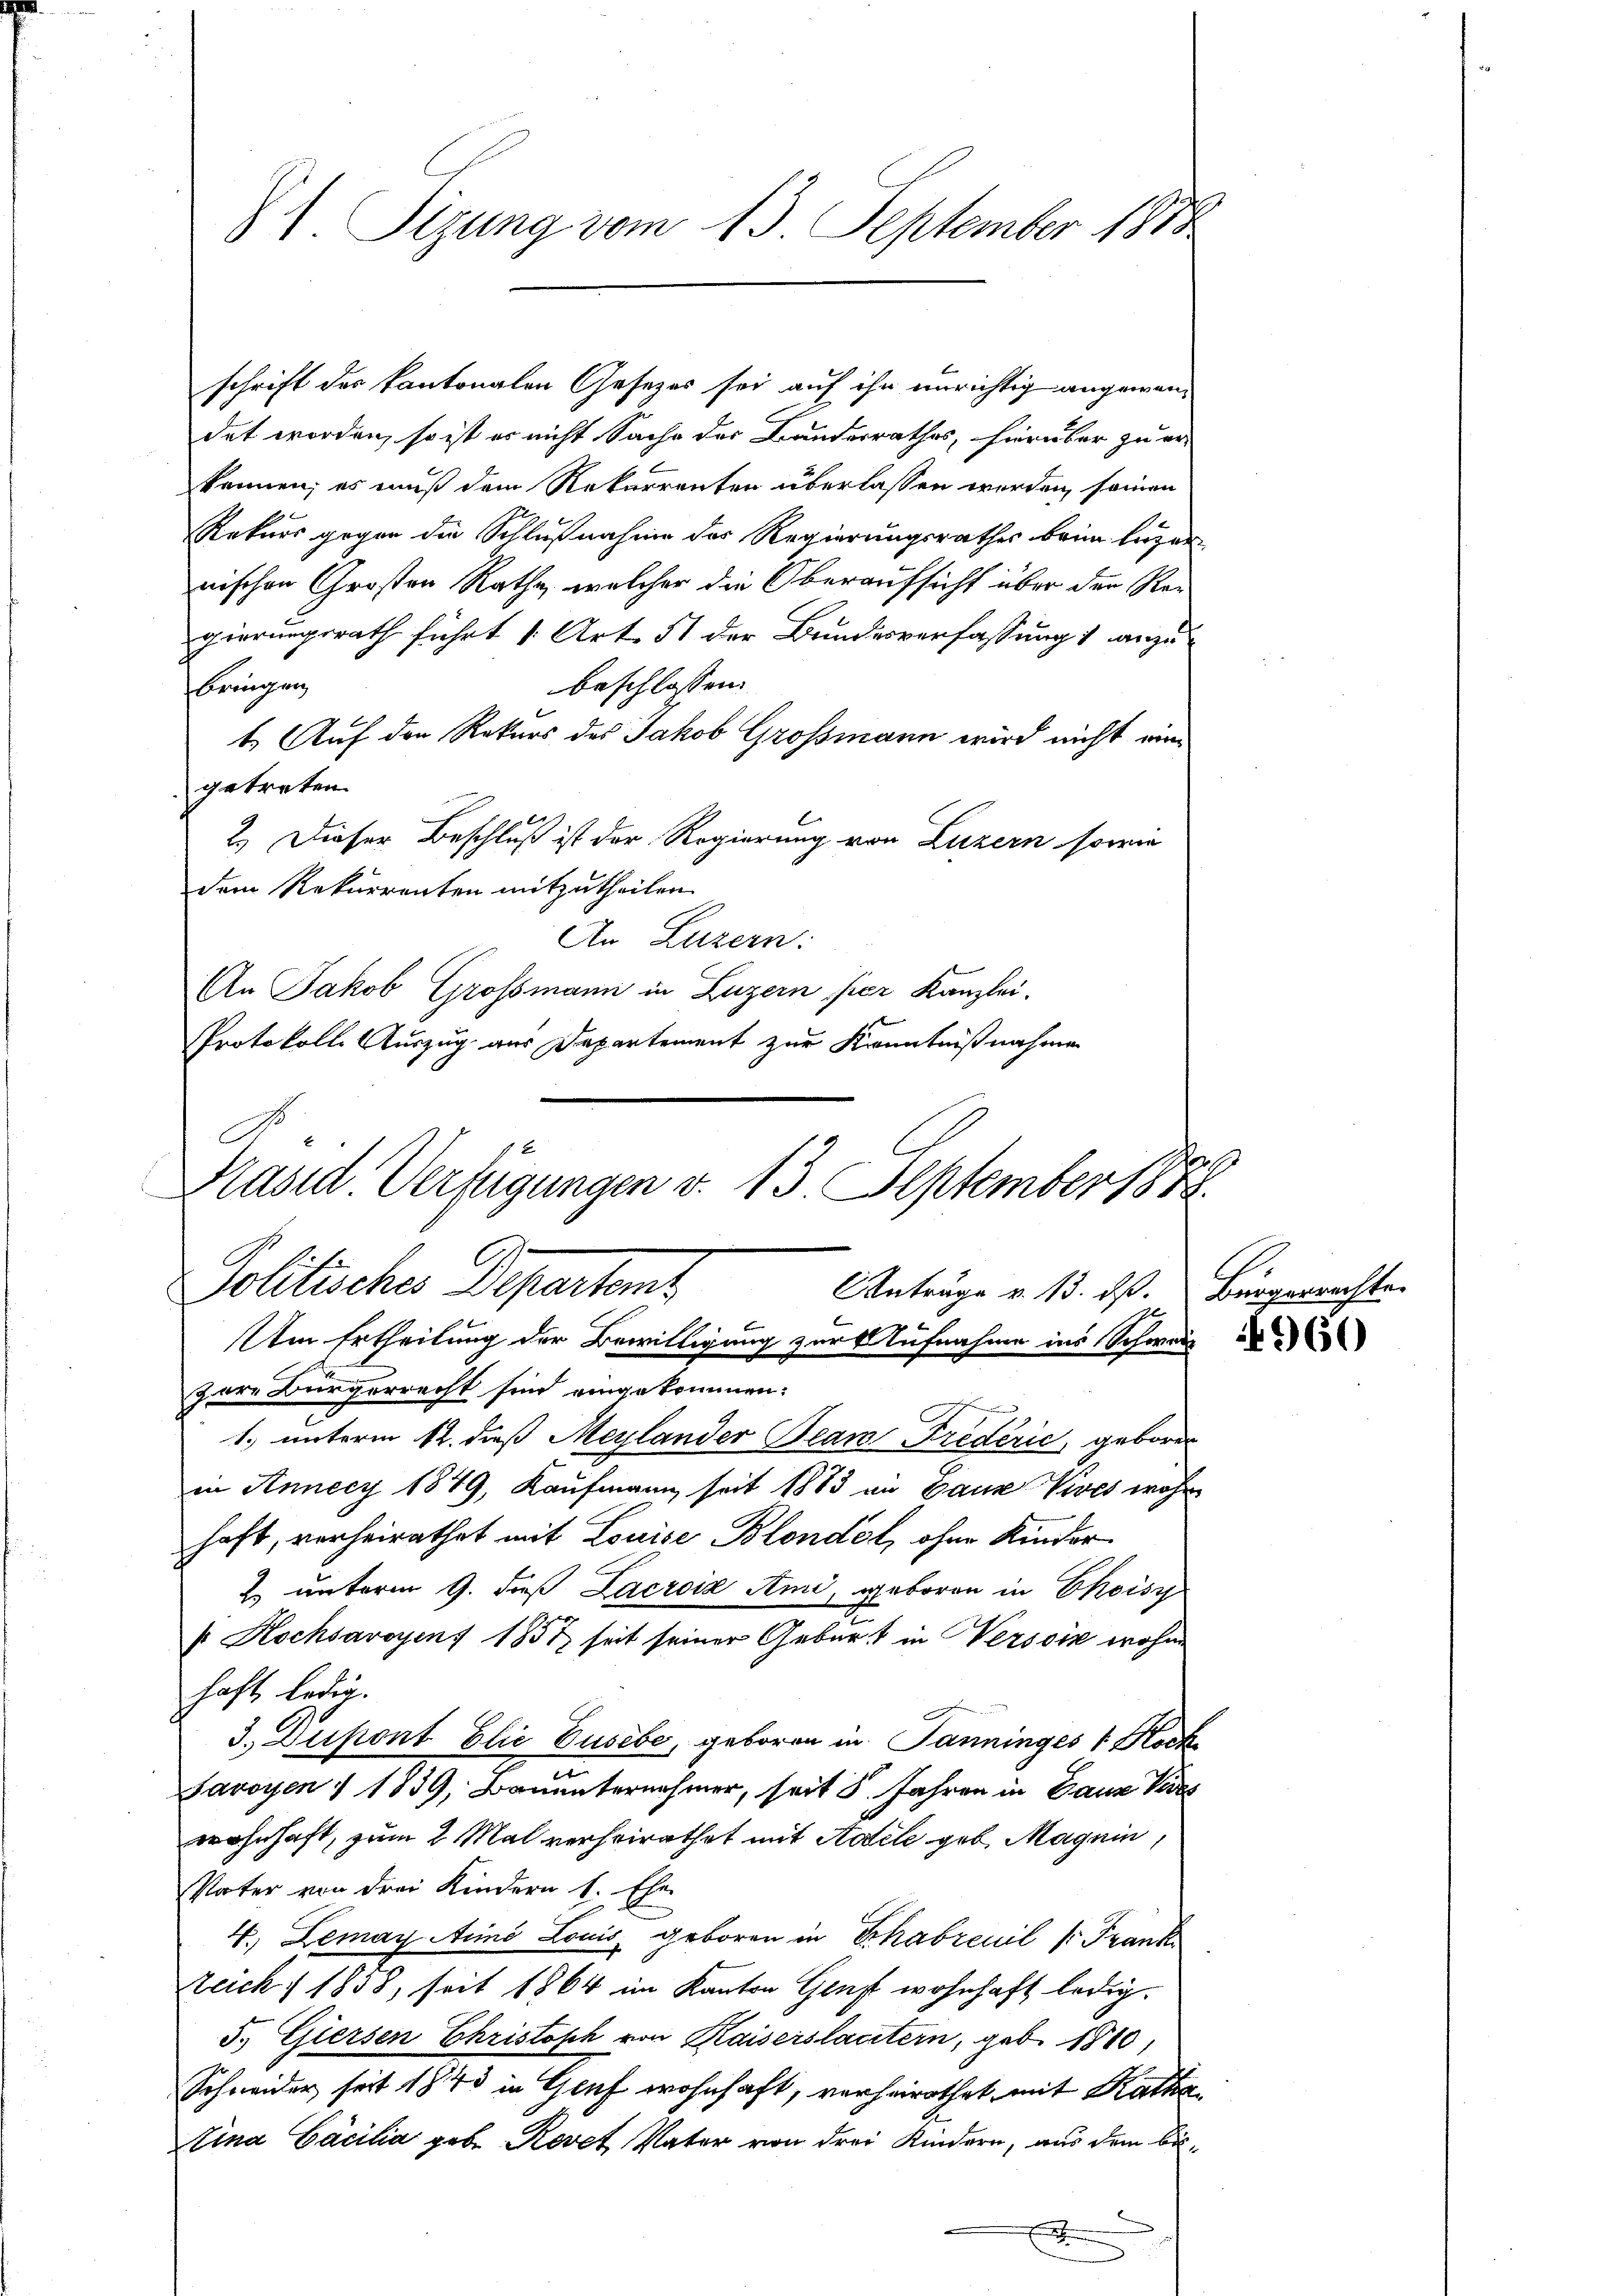
St. Sizung vom 13. September 1888

det worden, so ist er nicht Sache des Bunderrathes, hierüber zu er-
können; es muß dem Rekurrenten überlassen werden seinen
Rekurs gegen die Schlußnahme des Regierungsrathes beim legernischen Großen Rathe, welcher die Oberaufsicht über den Regierungsrath führt 1. Art. 51 der Bundesverfassung 1 anzubeschlossen:
brigen
E
1. Auf den Rekurs des Jakob Grossmann wird nicht eingetreten.
2.) Dieser Beschluß ist der Regierung von Luzern sowie
dem Rekurrenten mitzutheilen.
An Luzern:
An Jakob Grossmann in Luzern fier Kanzlei.
Protokolle Auszug aus Departement zur Kenntnißnahmen

schrift des kantonalen Gesezes sei auf ihn unrichtig angewan¬

1. unterm 12. dieß Maylander Beam Fredérić, geboren
in Annecy 1849, Kaufmann seit 1883 an Ganz Vives wahr
haft, verheirathet mit Louise Blondot, ohne Kinder
2. unterm 9. daß Lacroix Ami, geboren in Choisi
k Kochsavoyens 1857 seit seiner Geburt in Versoin wohne
haft, ledig.
.
3.) Dupont Elie Busebe, geboren in Janninges 1 Rock
Savoyen ) 1839, Bauunternehmer, seit 5. Jahren in Ganze Vers
wohnhaft, zum 2 Mal verheirathet mit Adele geb. Magnin,
Vater von drei Kindern 1. Ehen
4. Lemay Ainó Louis geboren in Schabreuil /: Frank
Zeich 1 1858, seit 1864 im Kanton Genf wohnhaft ledig¬
5. Giersen Christisch von Kaiserslacitern, geb. 1810,
Schneider seit 1843 in Genf wohnhaft, verheirathet, mit Kathatina Cacilia gebe Revet Vater von drei Kindern, aus dem bis¬
.

Kasid Verfügungen v. 13. September 1888.
Politisches Departamt
Anträge v. 13. ds.
Um Ertheilung der Bewilligung zur Aufnahme ins Schwei
.
zere Bürgerrecht sind eingekommen:

Bürgerrechte.

4960